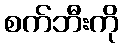
စက်ဘီးကို